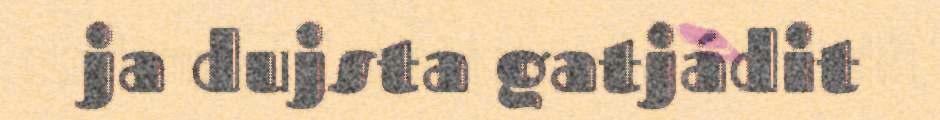
ja dujsta gatjádit